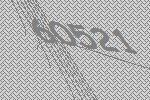
60521